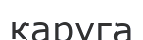
қаруга